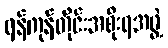
ရန်ကုန်တိုင်းအစိုးရအဖွဲ့